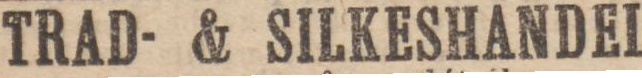
TRAD- & SILKESHANDEL,